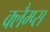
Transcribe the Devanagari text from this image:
क्लैम्प्स